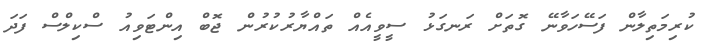
ކުރިމަތިލާން ފަސޭހަވާނޭ ގޮތަށް ރަނގަޅު ސީވީއެއް ތައްޔާރުކުރުން ޖޮބް އިންޓަވިއު ސްކިލްސް ފަދަ